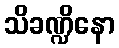
သိခဏ္ဍိနော